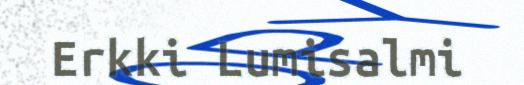
Erkki Lumisalmi